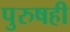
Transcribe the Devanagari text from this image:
पुरुषही